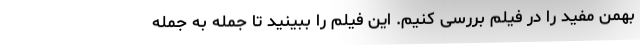
بهمن مفید را در فیلم بررسی کنیم. این فیلم را ببینید تا جمله به جمله